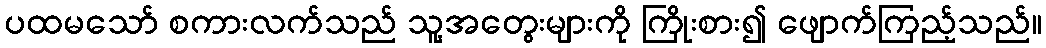
ပထမသော် စကားလက်သည် သူ့အတွေးများကို ကြိုးစား၍ ဖျောက်ကြည့်သည်။